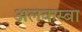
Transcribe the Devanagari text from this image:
अलकस्बा